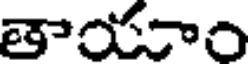
తాయాం